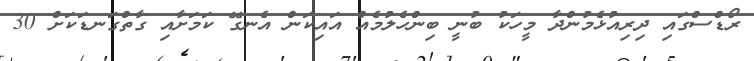
ރޯޑްސްގައި ދިރިއުޅެމުންދާ މީހަކު ބުނީ ބިންހެލުމެއް އައިކަން އެނގޭ ކަމަށާއި ގާތްގަނޑަކަށް 30